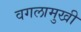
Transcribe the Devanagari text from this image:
वगलामुखी